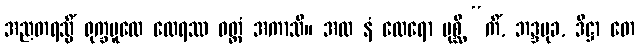
အညတရသ္မိံ ရုက္ခမူလေ ထေရဿ ဝတ္တံ အကာသိ။ အထ နံ ထေရော ပုစ္ဆိ “ကိံ, ဘဒ္ဒမုခ, ဒိဋ္ဌာ တေ